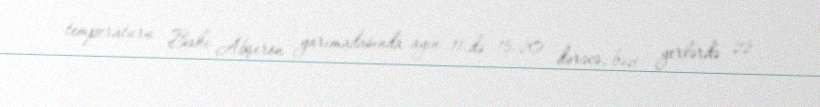
temperaturu Bakı Abşeron yarımadasında ayın 11-də 15-20 dərəcə, bəzi yerlərdə 22